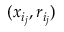
( x _ { i _ { j } } , r _ { i _ { j } } )